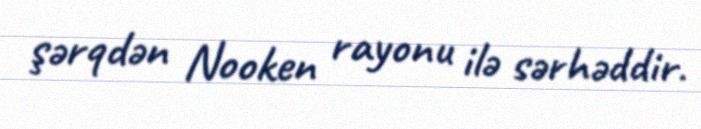
şərqdən Nooken rayonu ilə sərhəddir.